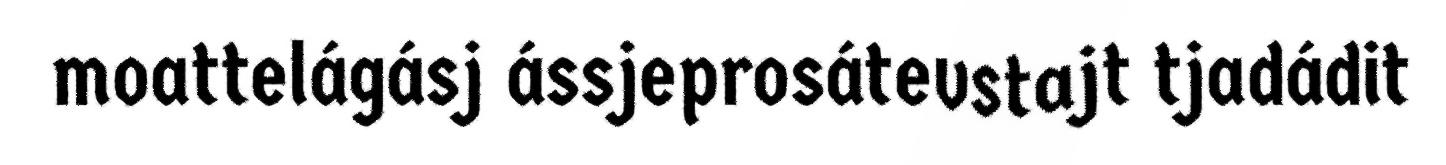
moattelágásj ássjeprosátevstajt tjadádit